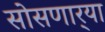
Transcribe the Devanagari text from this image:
सोसणार्‍या